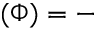
( \Phi ) = -